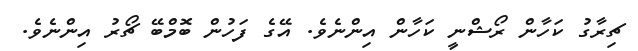
ޗިރާގު ކަހާން ރޯޝްނީ ކަހާން އިންނެވެ. އޭގެ ފަހުން ބޮމްބޭ ޗޯރު އިންނެވެ.